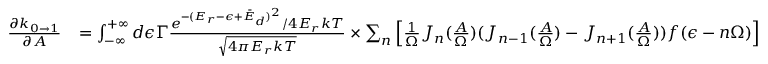
\begin{array} { r l } { \frac { \partial k _ { 0 \rightarrow 1 } } { \partial A } } & { = \int _ { - \infty } ^ { + \infty } d \epsilon \Gamma \frac { e ^ { - ( E _ { r } - \epsilon + \bar { E } _ { d } ) ^ { 2 } } / 4 E _ { r } k T } { \sqrt { 4 \pi E _ { r } k T } } \times \sum _ { n } \left[ \frac { 1 } { \Omega } J _ { n } ( \frac { A } { \Omega } ) ( J _ { n - 1 } ( \frac { A } { \Omega } ) - J _ { n + 1 } ( \frac { A } { \Omega } ) ) f ( \epsilon - n \Omega ) \right] } \end{array}